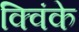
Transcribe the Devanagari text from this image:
क्विंके